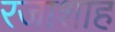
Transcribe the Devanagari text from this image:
रजाशाह